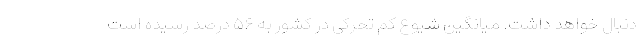
دنبال خواهد داشت. میانگین شیوع کم تحرکی در کشور به ۵۶ درصد رسیده است